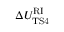
\Delta { U _ { \mathrm { T S 4 } } ^ { \mathrm { R I } } }